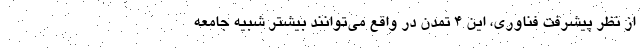
از نظر پیشرفت فناوری، این ۴ تمدن در واقع می‌توانند بیشتر شبیه جامعه